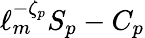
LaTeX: \ell_{m}^{-\zeta_{p}}S_{p}-C_{p}